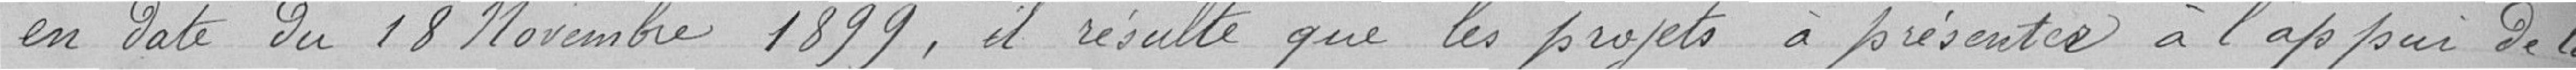
en date du 18 novembre 1899, il résulte que les projets à présenter à l'appui de ma